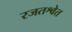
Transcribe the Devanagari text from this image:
रजतश्वेत